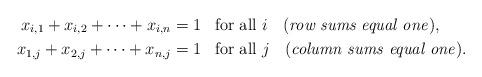
LaTeX: \begin{align*}x_{i,1} + x_{i,2} + \cdots + x_{i,n} &= 1 \textrm{ \, for all $i$ \; \textrm(\emph{row sums equal one})}, \\x_{1,j} + x_{2,j} + \cdots + x_{n,j} &= 1 \textrm{ \, for all $j$ \; (\emph{column sums equal one})}.\end{align*}